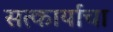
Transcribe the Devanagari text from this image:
सत्कार्याचा